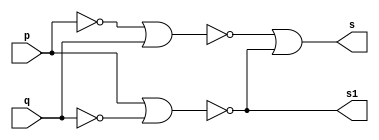
// ---------------------
// Guia 05 - Exercicio 05
// Nome: Bruno Csar Lopes Silva
// ---------------------

//--- Module Meia Diferena Nor ---

module meiadiferenca (s, s1, p, q);
output s, s1;
input p, q;
wire s2, s3, s4, s5;
nor NOR1(s2, p, p);
nor NOR2(s3, q, q);
nor NOR3(s4, s2, q);
nor NOR4(s1, p, s3);
nor NOR5(s5, s4, s1);
nor NOR6(s, s5, s5);

endmodule // meiadiferenca

module diferencacompleta (s, s1, p, q, vemum);
output s, s1;
input p, q, vemum;
wire s2, s3, s4, s5;

meiadiferenca M1(s2, s3, p, q);
meiadiferenca M2(s, s4, s2, vemum);
nor NOR1(s5, s3, s4);
nor NOR2(s1, s5, s5);

endmodule // diferencacompleta

//--- Module Teste ---

module testediferenca3bits;
reg [2:0]A;
reg [2:0]B;
wire [3:0]S;
wire [1:0]W;

meiadiferenca M1(S[0], W[0], A[0], B[0]);
diferencacompleta S1(S[1], W[1], A[1], B[1], W[0]);
diferencacompleta S2(S[2], S[3], A[2], B[2], W[1]); 

// parte principal
   initial begin
	   $display("Guia 05 - Exercicio 05");
		$display("Bruno Cesar Lopes Silva - 415985");
      $display("Diferenca Completa com 3 bits usando NOR");
      $display("\n a - b = s \n");
		A = 0;
		B = 0;
  		while(A != 7)
		  begin
		    A = (B == 0)? A : A + 1;
			 B = 0;
  #1      $display("%b - %b = %b", A, B, S);
			 while(B != 7)
			   begin
				  B = B + 1;
  #1              $display("%b - %b = %b", A, B, S);
		      end
		  end
  end

endmodule // testediferenca3bits